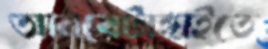
আনরেটাঙ্গাইতে